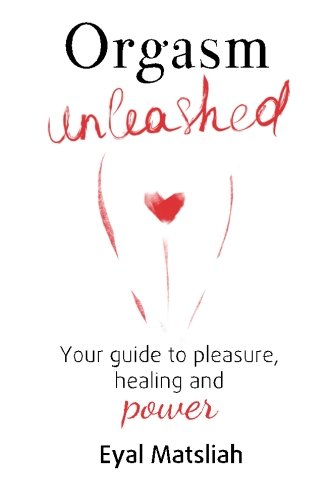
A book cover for Orgasm Unleashed: Your guide to pleasure, healing and power; Eyal Matsliah; Health, Fitness & Dieting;